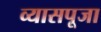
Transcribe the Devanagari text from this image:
व्यासपूजा